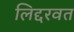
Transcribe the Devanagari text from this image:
लिद्दरवत